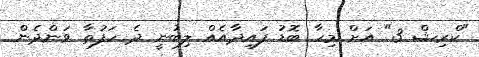
"ކްރިޝް 3" އަށް މިހާ ބޮޑު ފައިދާއެއް ލިބުނީ ދެ ހަފުތާ ވަންދެން